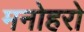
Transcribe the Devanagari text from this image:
मनोहरो